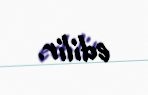
edilir.